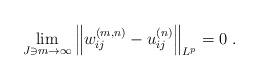
LaTeX: \begin{align*}\lim_{J\ni m\to \infty} \left\|w_{ij}^{(m,n)}-u_{ij}^{(n)}\right\|_{L^p}=0 \ .\end{align*}